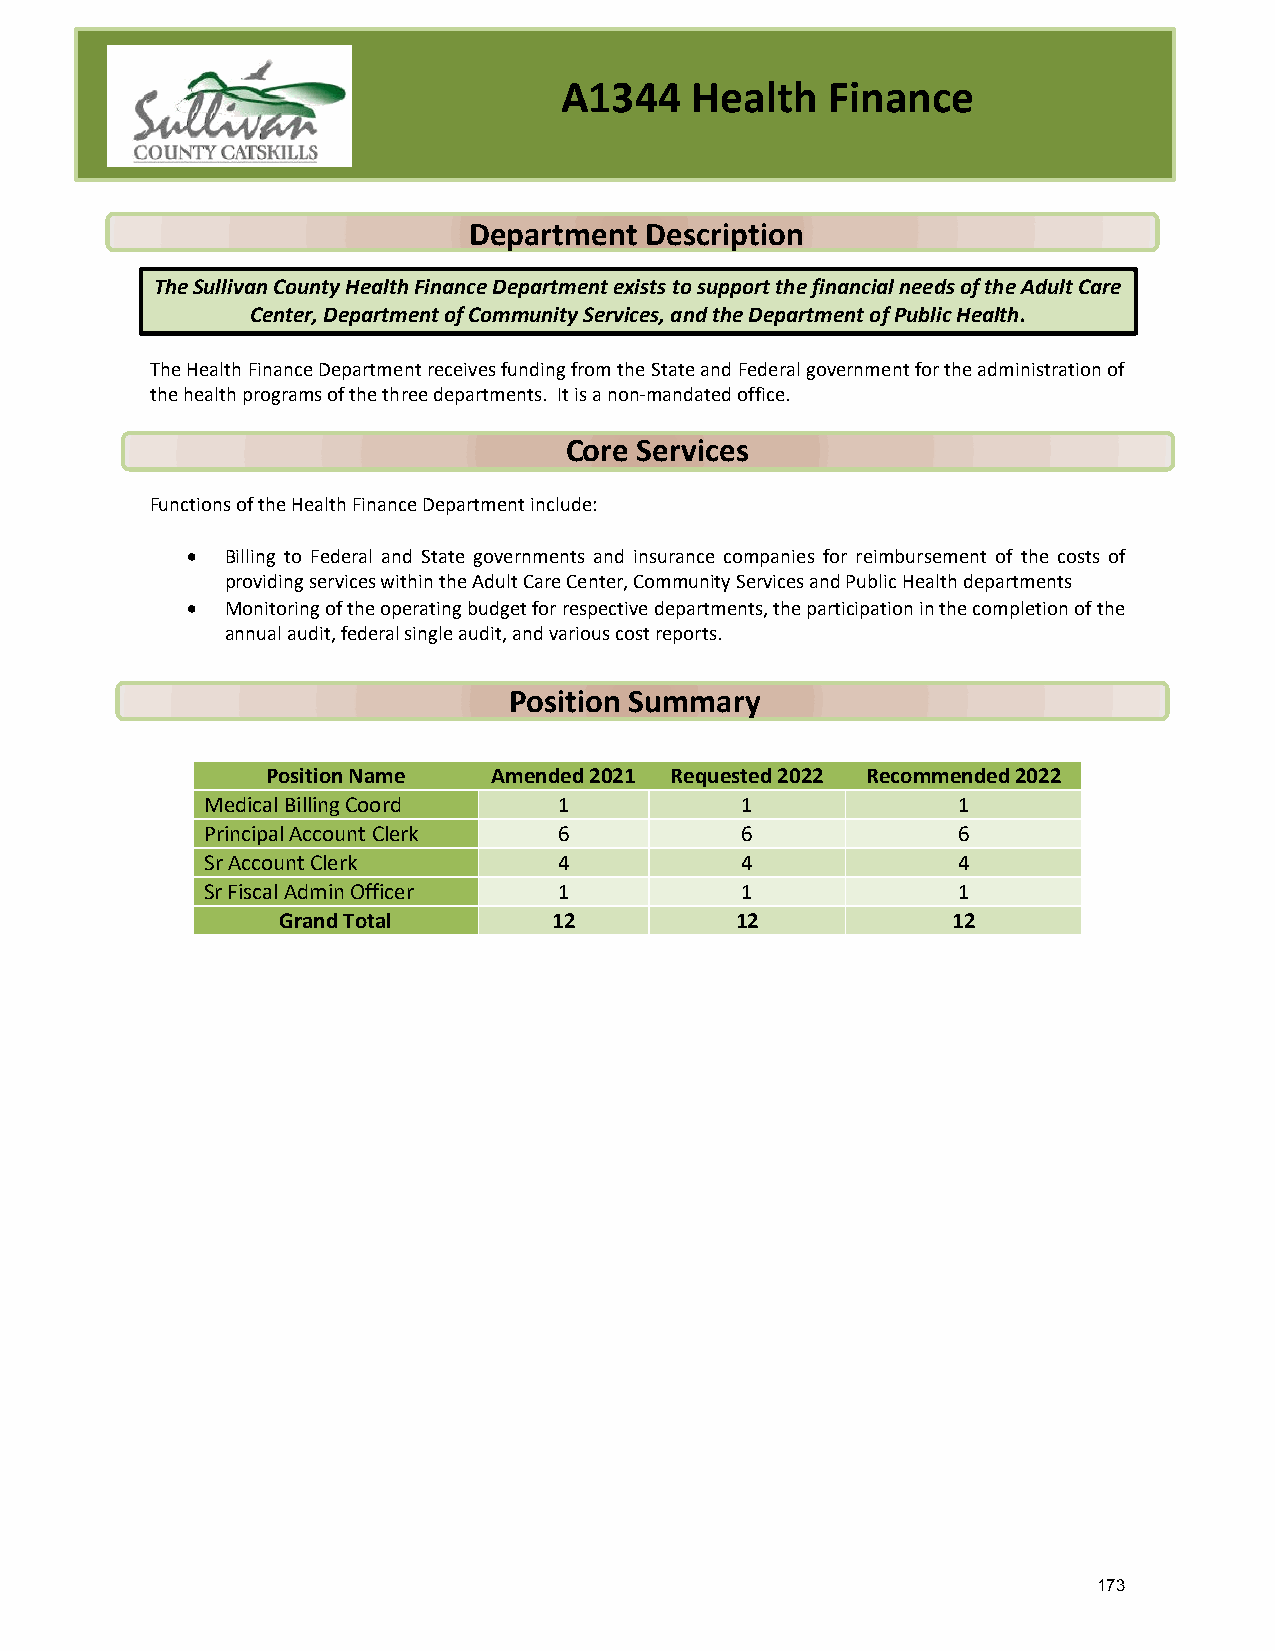
A1344    Health   Finance
 Department  Description
 The Sullivan County Health Finance Department exists to support the financial needs of the Adult Care
 Center, Department of Community Services, and the Department of Public Health.
 The Health Finance Department receives funding from the State and Federal government for the administration of
 the health programs of the three departments. It is a non-mandated office.
 Core Services
 Functions of the Health Finance Department include:
 •  Billing to Federal and State governments and insurance companies for reimbursement of the costs of
 providing services within the Adult Care Center, Community Services and Public Health departments
 •  Monitoring of the operating budget for respective departments, the participation in the completion of the
 annual audit, federal single audit, and various cost reports.
 Position Summary
 Position Name  Amended 2021 Requested 2022 Recommended 2022
 Medical Billing Coord  1           1             1
 Principal Account Clerk 6          6             6
 Sr Account Clerk       4           4             4
 Sr Fiscal Admin Officer 1          1             1
 Grand Total        12          12            12
 173